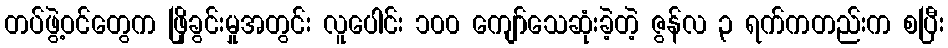
တပ်ဖွဲ့ဝင်တွေက ဖြိုခွင်းမှုအတွင်း လူပေါင်း ၁၀၀ ကျော်သေဆုံးခဲ့တဲ့ ဇွန်လ ၃ ရက်ကတည်းက စပြီး